Lunatic asylums Punjab 1868-1880 - 1868-1880
Year: 1868
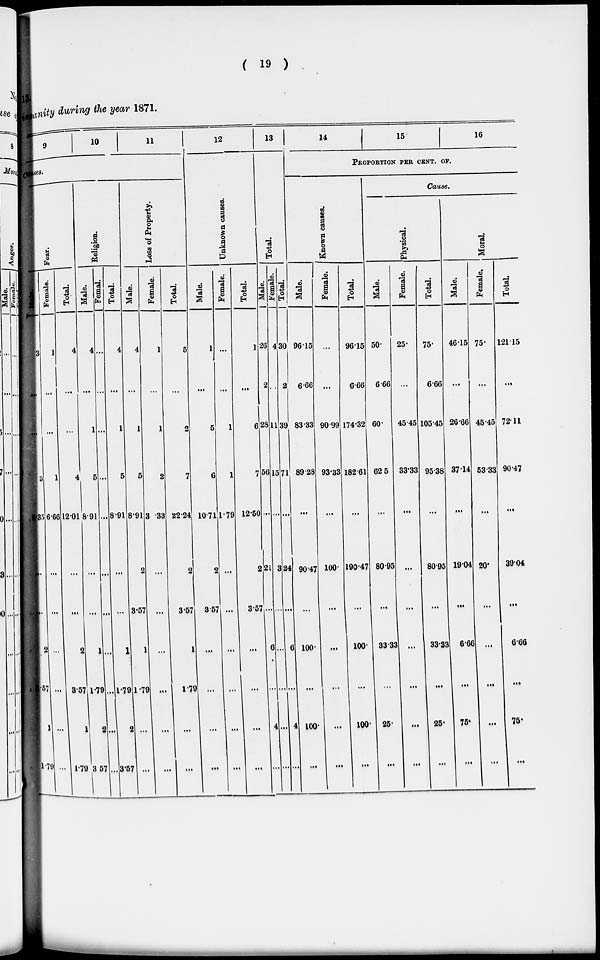
( 19 )
insanity during the year 1871.
9
10
11
Fear.
Male.
3
...
...
3
5.35
...
...
2
3.57
...
1.79
Female.
1
...
...
1
6.66
...
...
...
...
1
...
Total.
4
...
...
4
12.01
...
...
4
3.57
...
1 .79
Religion.
Male.
4
...
1
5
8. 91
...
...
1
1.79
1
3.57
Femal.
...
...
...
...
...
...
...
...
...
2
...
Total.
4
...
1
5
8.91
...
1
1.79
...
3.57
Loss of Property.
Male.
4
...
1
5
8.91
2
3.57
1
1.79
2
...
Female.
1
...
1
2
3.33
...
...
...
...
...
...
Total.
5
...
2
7
22.24
2
3.57
1
1. 79
...
...
12
Unknown causes.
Male.
1
...
5
6
10.71
2
3.57
...
...
...
...
Female.
...
...
1
1
1.79
...
...
...
. . .
...
...
Total.
1
...
6
7
12.50
2
3.57
...
. . .
...
...
13
Total.
Male.
26
2
28
56
...
21
...
6
...
...
...
Female.
4
11
15
...
3
...
...
...
4.
...
Total.
30
2
39
71
...
24
...
6
...
...
...
14
15
16
PROPORTION PER CENT. OF.
Known causes.
Male.
96.15
6.66
83.33
89.28
...
90.47
...
100.
...
100.
...
Female.
...
90.99
93.33
...
100.
...
...
...
...
...
Total.
96.15
6.66
174.32
182.61
...
190.47
100.
...
100.
...
Cause.
Physical.
Male.
50.
6.66
60.
62.5
...
80.95
...
33.33
...
25.
...
Female.
25.
...
45.45
33.33
...
...
...
...
...
...
Total.
75.
6.66
105.45
95.38
...
80.95
...
33.33
...
25.
...
Moral.
Male.
46.15
...
26.66
37.14
...
19.04
...
6.66
...
75.
...
Female.
75.
...
45.45
53.33
...
20.
...
...
...
...
...
Total.
121.15
...
72.11
90.47
...
39.04
...
6.66
...
75.
...